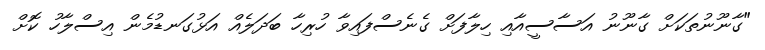
"ގާނޫނުތަކަށް ގާނޫނު އަސާސީއާއި ހިލާފަށް ގެނެސްފައިވާ ހުރިހާ ބަދަލެއް އަޅުގަނޑުމެން އިސްލާހު ކޮށް